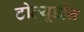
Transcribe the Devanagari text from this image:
टोल्यूडीन